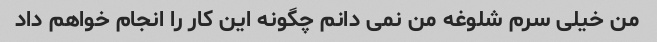
من خیلی سرم شلوغه من نمی دانم چگونه این کار را انجام خواهم داد